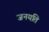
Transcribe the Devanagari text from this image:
जनयति